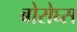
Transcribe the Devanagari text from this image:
बोरोघ्स